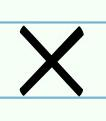
x